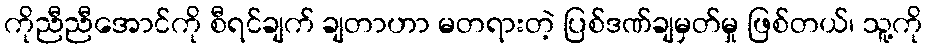
ကိုညီညီအောင်ကို စီရင်ချက် ချတာဟာ မတရားတဲ့ ပြစ်ဒဏ်ချမှတ်မှု ဖြစ်တယ်၊ သူ့ကို